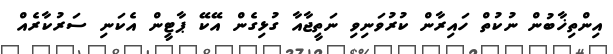
އިންތިޚާބުން ނުކުތް ހައިރާން ކުރުވަނިވި ނަތީޖާއާ ގުޅިގެން އޭކޭ ޕާޓީން އެކަނި ސަރުކާރެއް